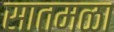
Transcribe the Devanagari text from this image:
सातमळा